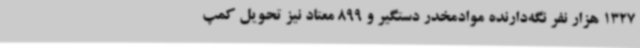
1327 هزار نفر نگه‌دارنده موادمخدر دستگیر و 899 معتاد نیز تحویل کمپ